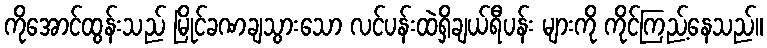
ကိုအောင်ထွန်းသည် မြိုင်ခဏချသွားသော လင်ပန်းထဲရှိချယ်ရီပန်း များကို ကိုင်ကြည့်နေသည်။